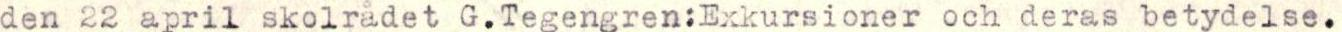
den 22 april skolrådet G.Tegengren:Exkursioner och deras betydelse.